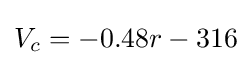
\displaystyle V_{c}=-0.48r-316